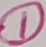
Text: 1